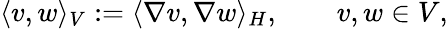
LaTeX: \langle v,w\rangle_{V}:=\langle\nabla v,\nabla w\rangle_{H},\qquad v,w\in V,